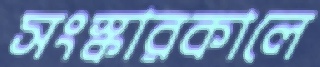
সংস্কারকালে